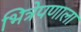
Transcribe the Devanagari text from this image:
भित्रेपणाला